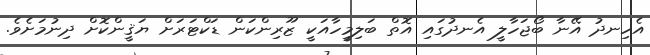
އެހިނދު އޭނާ ބޯޖަހާލީ އެނދުގައި އޮތް ބަލިމީހާއަކީ ޒޫރިންކަން ޑަކްޓަރަށް ޔަޤީންކޮށް ދިނުމަށެވެ.